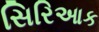
સિરિઆક